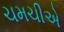
ચમચીએ